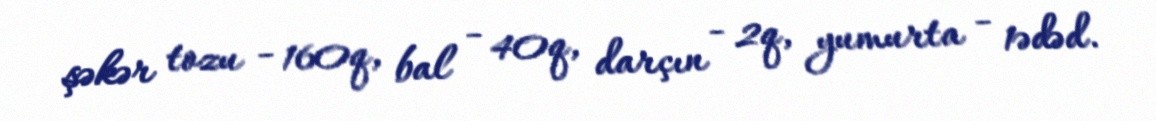
şəkər tozu - 160q, bal - 40q, darçın - 2q, yumurta - 1ədəd.